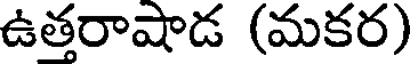
ఉత్తరాషాడ (మకర)